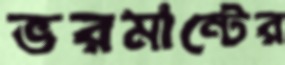
ভরমান্টের